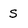
Character: s